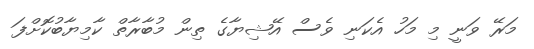
މަރޭ ވަނީ މި މަހު އެކަނި ވެސް އޭޝިޔާގެ ތިން މުބާރާތް ކާމިޔާބުކޮށްފަ